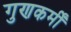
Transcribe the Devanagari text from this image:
गुणकर्मीं